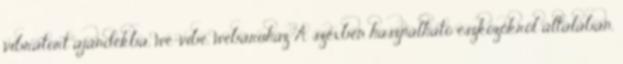
vibrátort ajándékba, we-vibe, webáruház A szexben használható eszközökről általában,